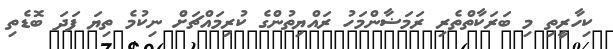
ކިހާރީތި މި ބަރަކާތްތެރި ރަމަޟާންމަހު ރައްޔިތުންގެ ކުރިމައްޗަށް ނިކުމެ ތިޔަ ފަދަ ބޮޑެތި